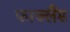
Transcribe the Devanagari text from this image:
फाक्लैंड